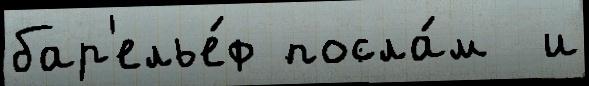
бар'елье́ф посла́м  и